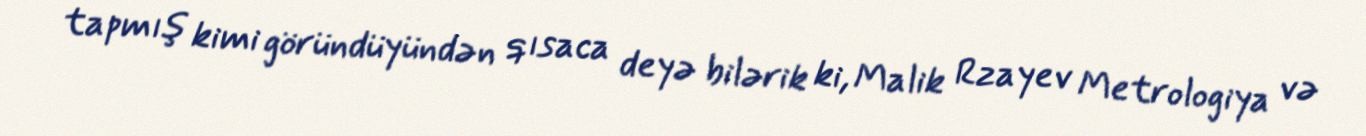
tapmış kimi göründüyündən qısaca deyə bilərik ki, Malik Rzayev Metrologiya və